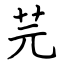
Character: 芫